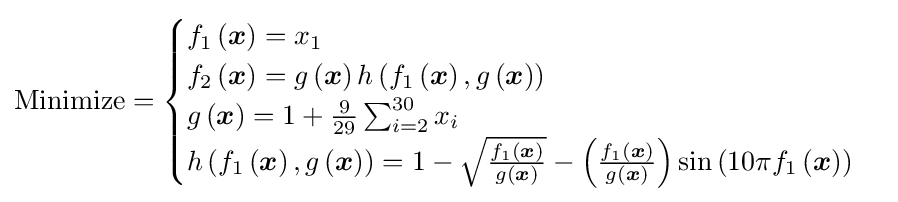
{\text{Minimize}}={\begin{cases}f_{1}\left({\boldsymbol {x}}\right)=x_{1}\\f_{2}\left({\boldsymbol {x}}\right)=g\left({\boldsymbol {x}}\right)h\left(f_{1}\left({\boldsymbol {x}}\right),g\left({\boldsymbol {x}}\right)\right)\\g\left({\boldsymbol {x}}\right)=1+{\frac {9}{29}}\sum _{i=2}^{30}x_{i}\\h\left(f_{1}\left({\boldsymbol {x}}\right),g\left({\boldsymbol {x}}\right)\right)=1-{\sqrt {\frac {f_{1}\left({\boldsymbol {x}}\right)}{g\left({\boldsymbol {x}}\right)}}}-\left({\frac {f_{1}\left({\boldsymbol {x}}\right)}{g\left({\boldsymbol {x}}\right)}}\right)\sin \left(10\pi f_{1}\left({\boldsymbol {x}}\right)\right)\end{cases}}